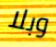
وبلا